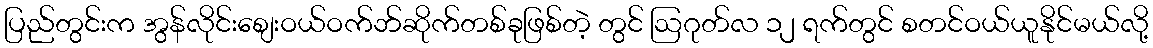
ပြည်တွင်းက အွန်လိုင်းစျေးဝယ်ဝက်ဘ်ဆိုက်တစ်ခုဖြစ်တဲ့ တွင် ဩဂုတ်လ ၁၂ ရက်တွင် စတင်ဝယ်ယူနိုင်မယ်လို့